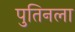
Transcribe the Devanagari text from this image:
पुतिनला